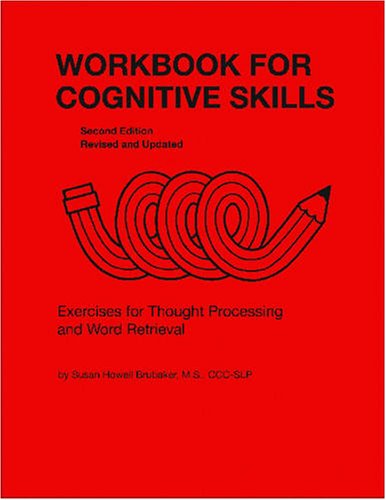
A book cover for Workbook for Cognitive Skills: Exercises for Thought-processing and Word Retrieval, 2nd Edition (William Beaumont Speech and Language) (William ... ... Series in Speech and Language Pathology); Susan Howell Brubaker; Medical Books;